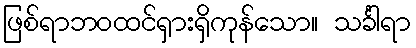
ဖြစ်ရာဘဝထင်ရှားရှိကုန်သော။ သင်္ခါရာ